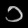
Digit: ၁